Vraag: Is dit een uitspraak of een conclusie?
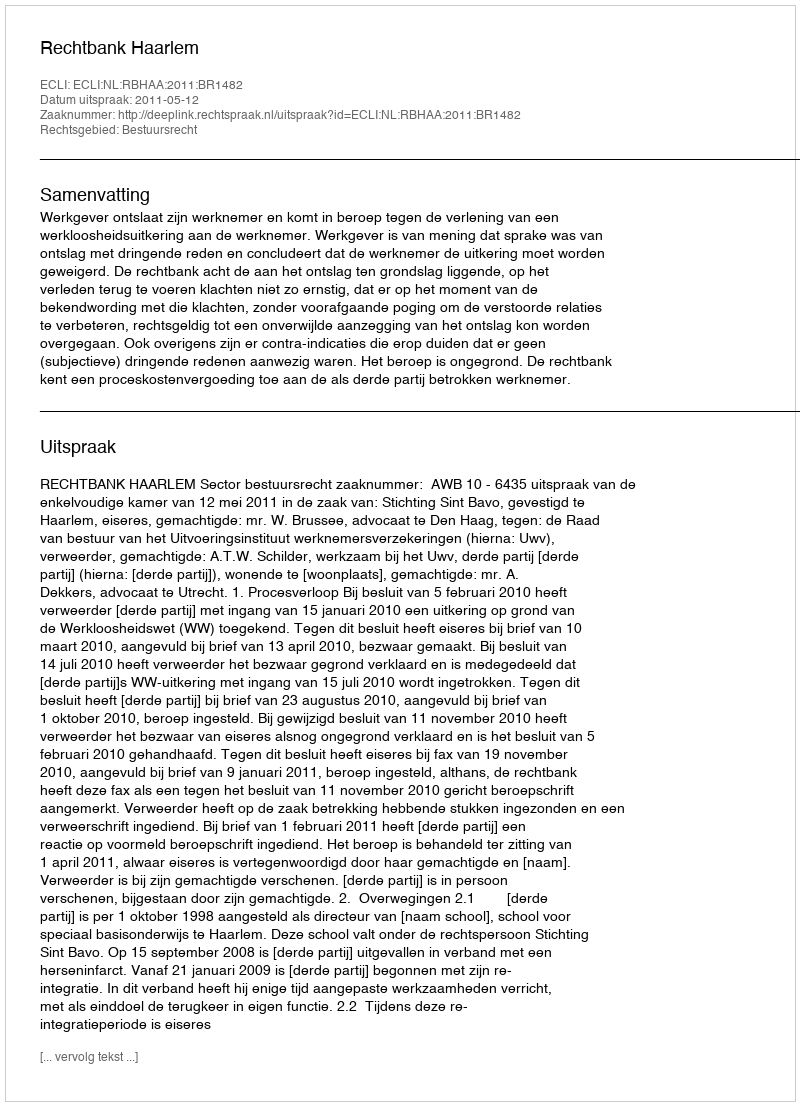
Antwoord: Uitspraak